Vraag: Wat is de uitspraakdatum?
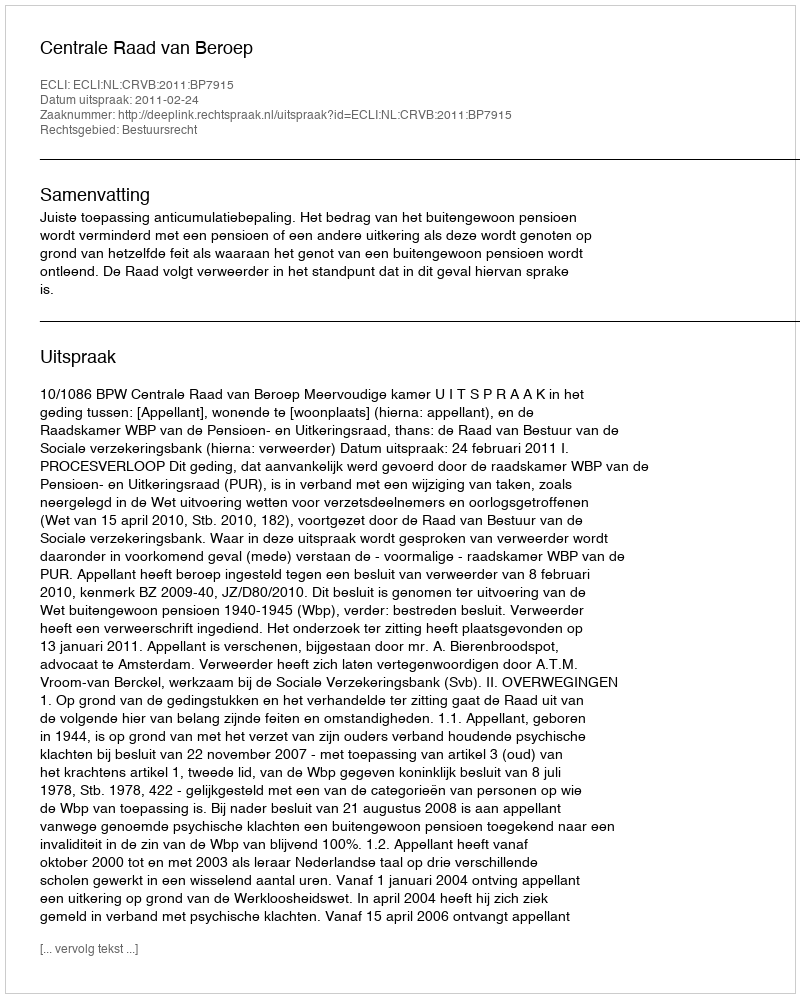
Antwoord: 2011-02-24